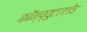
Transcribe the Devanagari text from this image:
कॉम्प्युटरएडेड